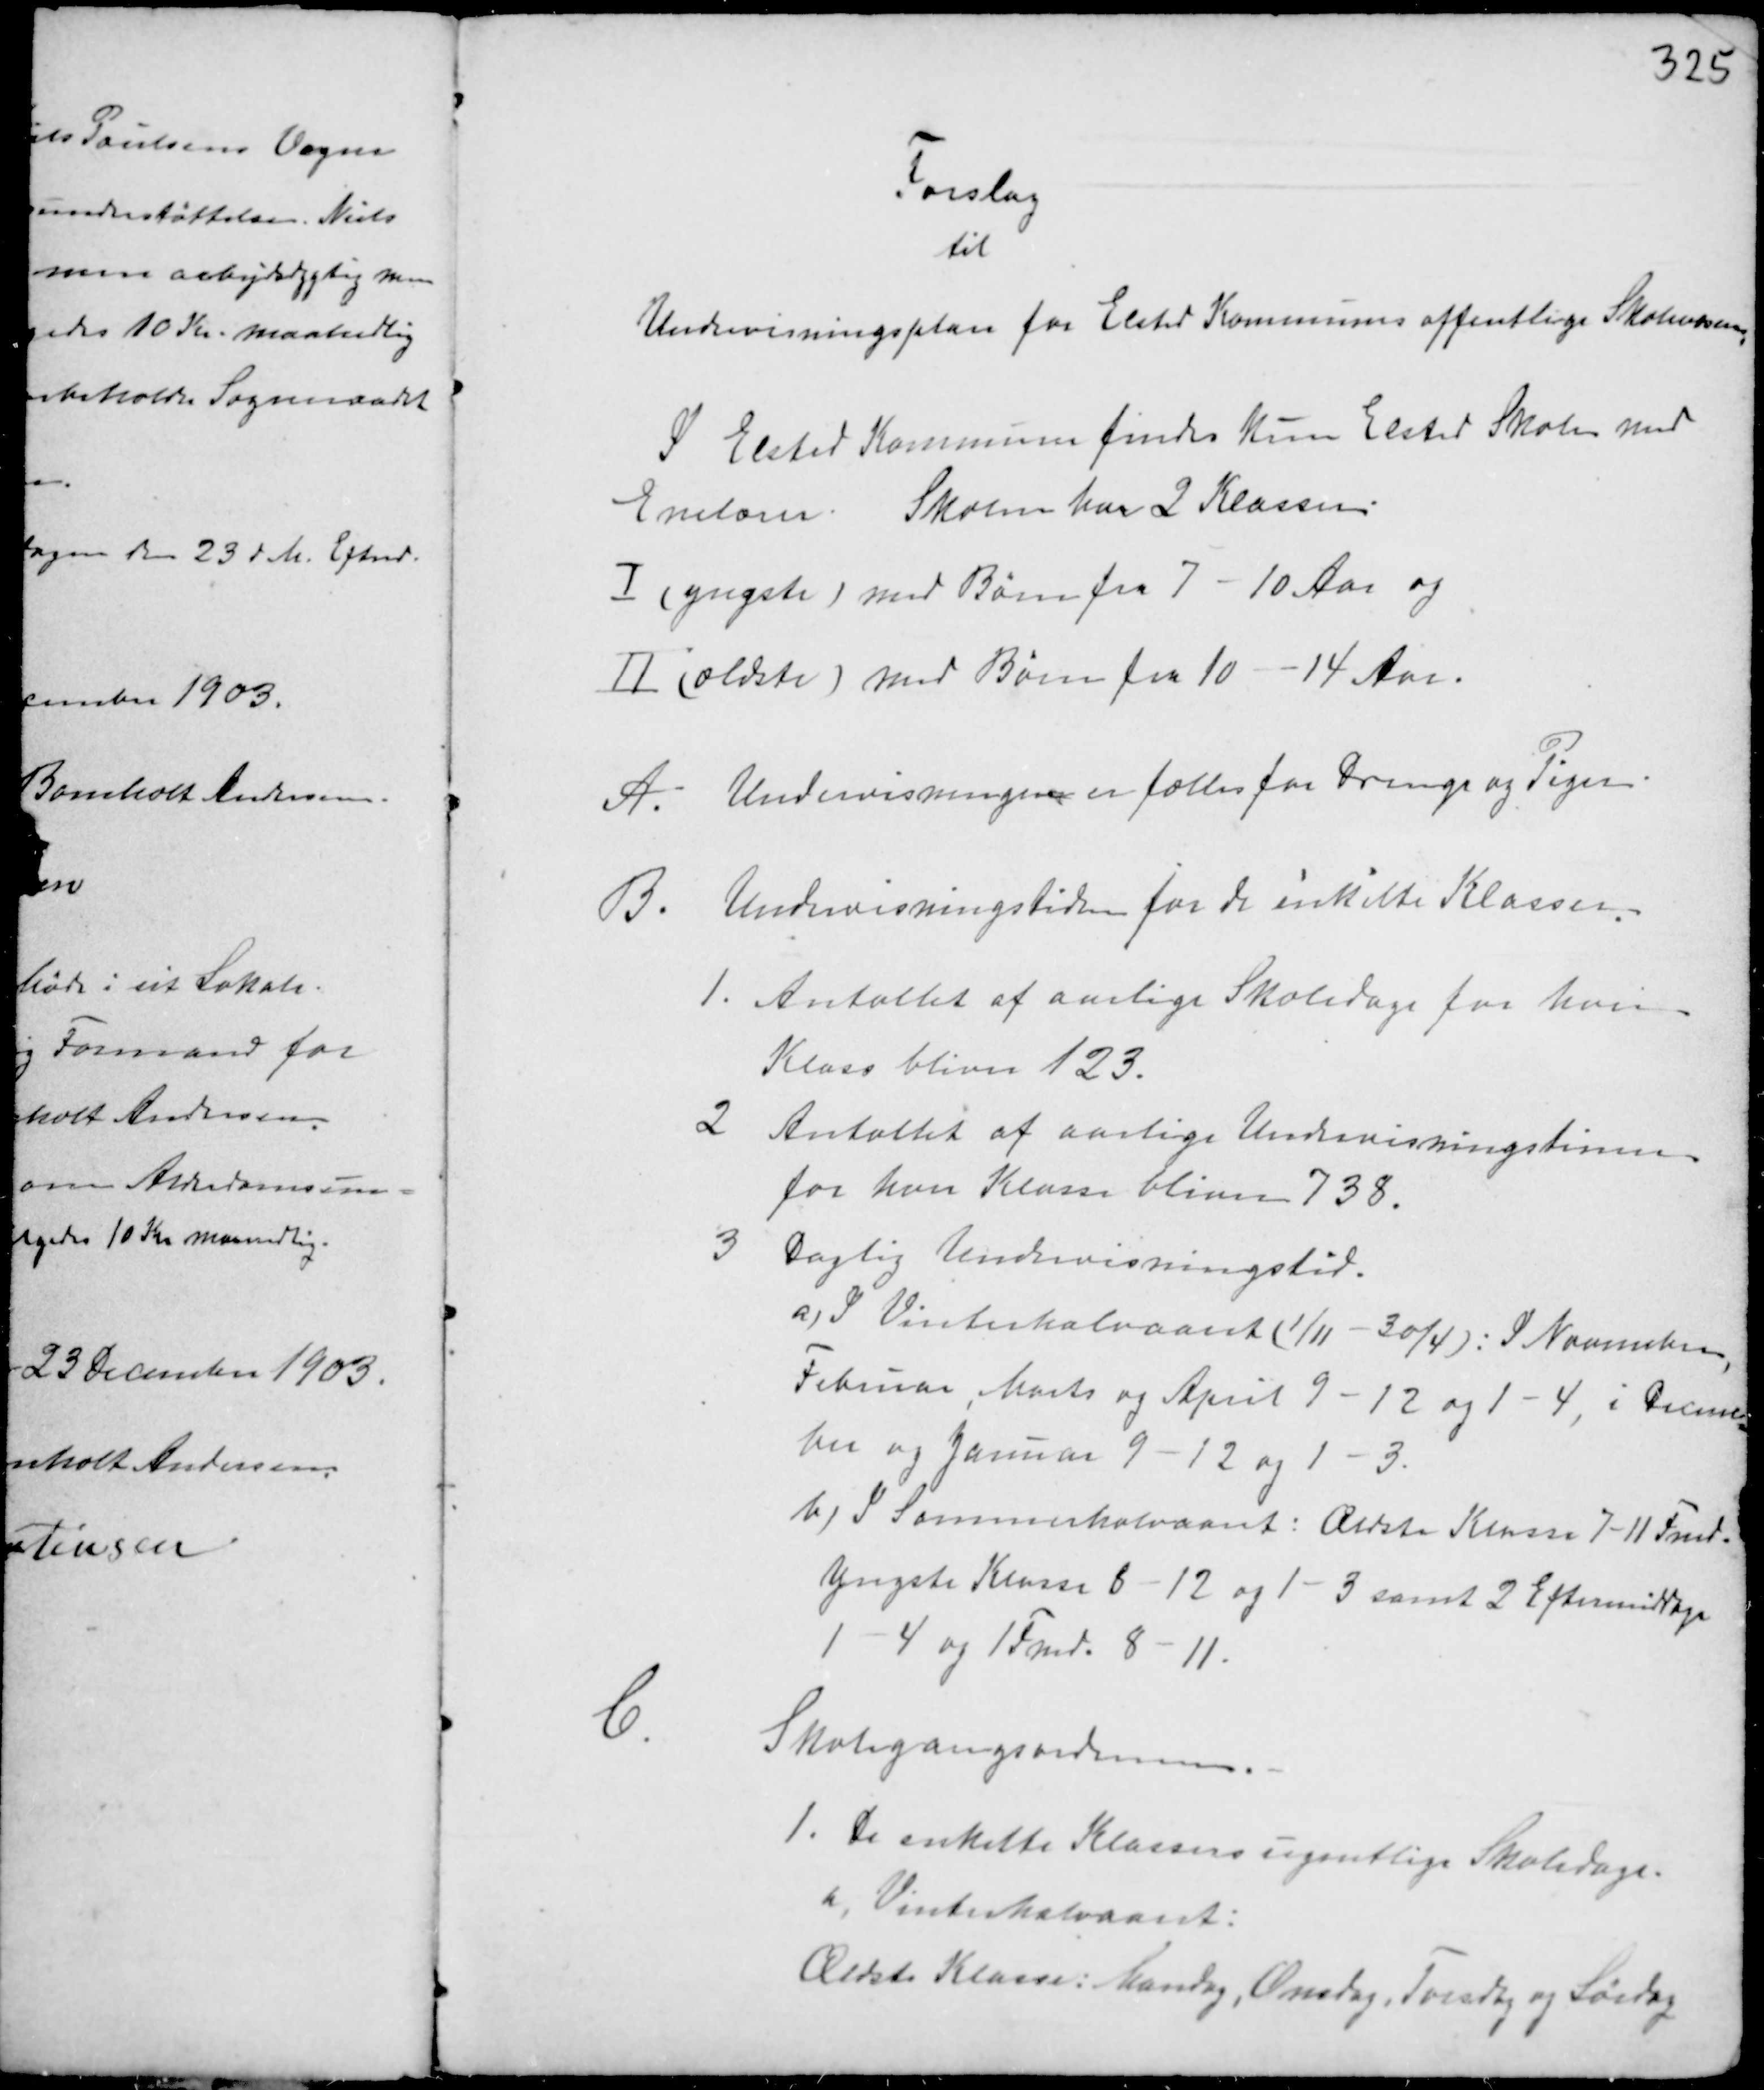
Transskription:
Forslag
til
Undervisningsplan for Elsted Kommunes offentlige Skolevæsen

I Elsted Kommune findes kun Elsted Skolen med
Enelærer. Skolen har 2 Klasser
I (yngste) med Børn fra 7 - 10 Aar og
II (ældste) med Børn fra 10 - 14 Aar.

A.
Undervisningen er fælles for Drenge og Piger.
B.
Undervisningstiden for de enkelte Klasser.
1. Antallet af aarlige Skoledage for hver
Klass bliver 123.
2 Antallet af aarlige Undervisningstimer
for hver Klasse bliver 738.
3 Daglig Undervisningstid.
a, I Vinterhalvaaret (1/11-30/4): I November
Februar, Marts og April 9-12 og 1-4, i Decem-
ber og Januar 9-12 og 1-3.
b, I Sommerhalvaaret: Ældste Klasse 7-11 Fmd
Yngste Klasse 8-12 og 1-3 samt 2 Eftermiddage
1-4 og 1 Fmd. 8-11.
C.
Skolegangsordenen.
1. De enkelte Klassers Skoledage.
h, Vinterhalvaaret:
Ældste Klasse: Mandag, Onsdag, Torsdag og Lørdag